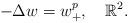
LaTeX: \begin{align*}-\Delta w=w^p_+,\ \ \ \mathbb{R}^2.\end{align*}